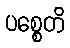
ပစ္စေတိ